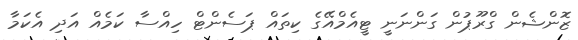
ޒޮންޝެން ގްރޫޕުން ގަންނަނީ ޓީއެމްއޭގެ ކިތައް ޕަސެންޓް ހިއްސާ ކަމެއް އަދި އެކަމާ